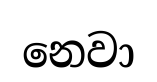
නෙවා